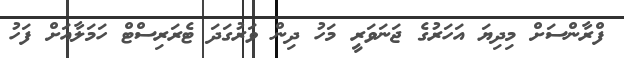
ފްރާންސަށް މިދިޔަ އަހަރުގެ ޖަނަވަރީ މަހު ދިން ވަރުގަދަ ޓެރަރިސްޓް ހަމަލާއަށް ފަހު